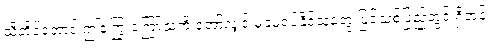
သို့တိုင်အောင် ဤကြွေးကြော်သံကို အော်လျှင် မခံမရပ်နိုင်သူတွေ ပြင်သစ်ပြည်တွင် ရှိတုန်း။